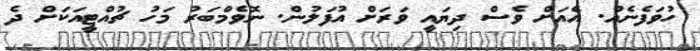
ހުވަފެނެއް. އެއަށް ވެސް ދިޔައީ ވަރަށް އުފަލުން. ނޮވެމްބަރު މަހު ޗުއްޓީއަކަށް ދެ